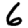
Digit: 6